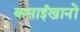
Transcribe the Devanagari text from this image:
कसाईखानों